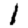
Digit: 1